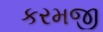
કરમજી